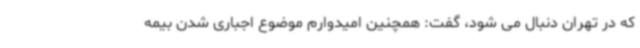
که در تهران دنبال می شود، گفت: همچنین امیدوارم موضوع اجباری شدن بیمه